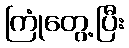
ကြုံတွေ့ပြီး